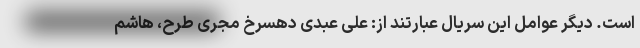
است. دیگر عوامل این سریال عبارتند از: علی عبدی دهسرخ مجری طرح، هاشم